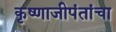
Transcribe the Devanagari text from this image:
कृष्णाजीपंतांचा